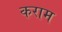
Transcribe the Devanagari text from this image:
कराम